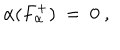
LaTeX: \alpha ( F _ { \alpha } ^ { + } ) ~ = ~ 0 ~ ,